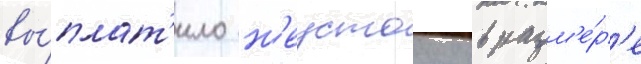
вы́плат'ило н'еустоику в разм'е́р'е